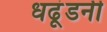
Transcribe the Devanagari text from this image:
धढूंडनी